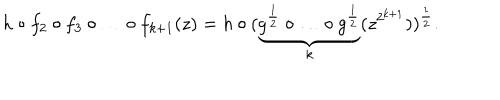
h \circ f _ { 2 } \circ f _ { 3 } \circ \ldots \circ f _ { k + 1 } ( z ) = h \circ ( \underbrace { g ^ { \frac { 1 } { 2 } } \circ \ldots \circ g ^ { \frac { 1 } { 2 } } } _ { k } ( z ^ { 2 ^ { k + 1 } } ) ) ^ { \frac 1 2 } .